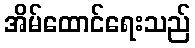
အိမ်ထောင်ရေးသည်